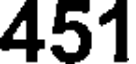
451